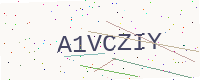
Text: A1VCZIY